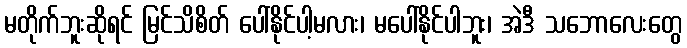
မတိုက်ဘူးဆိုရင် မြင်သိစိတ် ပေါ်နိုင်ပါ့မလား၊ မပေါ်နိုင်ပါဘူး၊ အဲဒီ သဘောလေးတွေ